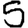
Digit: 5